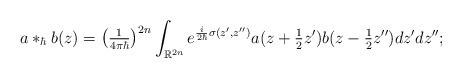
LaTeX: \begin{align*}a\ast_{\hbar}b(z)=\left( \tfrac{1}{4\pi\hbar}\right) ^{2n}\int_{\mathbb{R}^{2n}}e^{\frac{i}{2\hbar}\sigma(z^{\prime},z^{\prime\prime})}a(z+\tfrac{1}{2}z^{\prime})b(z-\tfrac{1}{2}z^{\prime\prime})dz^{\prime}dz^{\prime\prime}; \end{align*}